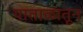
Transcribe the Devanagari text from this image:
पाताळातून